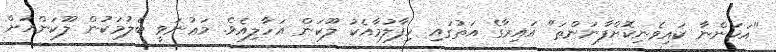
"އަހަންނާ ކައިވެނިކޮށްފާނަންތަ" އައިރާގެ އަތުގައި ހިފާލުމާއެކު ލޫކަން އަހާލިއެވެ. މަޢުނަވީ ބެލުމަކުން ލޫކަންއަށް